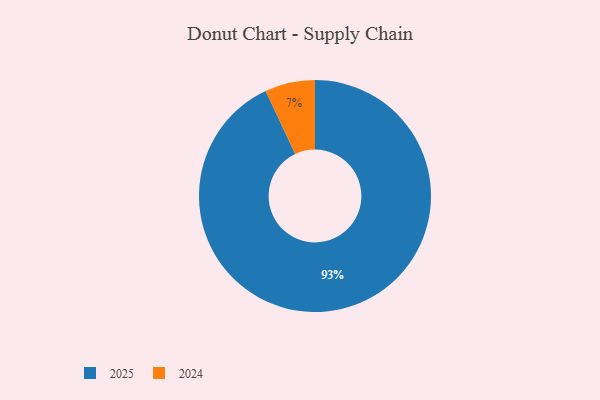
{"axis": {"x": "Category", "y": "Percentage"}, "legend": ["2024", "2025"], "data": [{"x": "2024", "y": 7, "type": "2024"}, {"x": "2025", "y": 93, "type": "2025"}]}